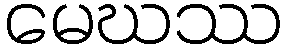
မေဃဿ